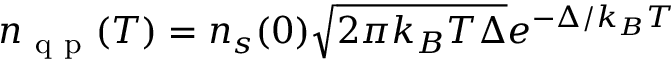
n _ { \mathrm { ~ q ~ p ~ } } ( T ) = n _ { s } ( 0 ) \sqrt { 2 \pi k _ { B } T \Delta } e ^ { - \Delta / k _ { B } T }